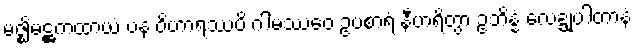
မဇ္ဈိမဋ္ဌကထာယံ ပန ဝိဟာရဿပိ ဂါမဿေဝ ဥပစာရံ နီဟရိတွာ ဥဘိန္နံ လေဍ္ဍုပါတာနံ